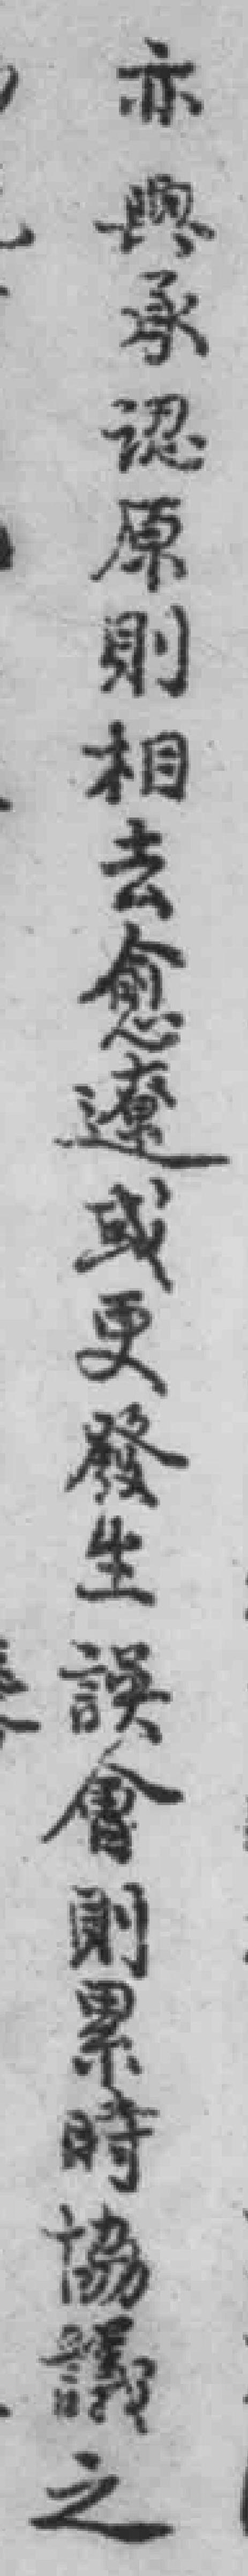
亦興承認原則相去愈遼或更發生誤會則累時協議之